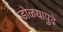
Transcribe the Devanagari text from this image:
डोळयापुढे